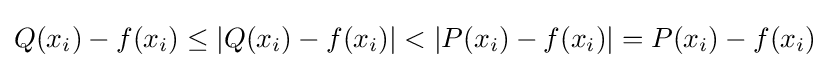
Q(x_{i})-f(x_{i})\leq |Q(x_{i})-f(x_{i})|<|P(x_{i})-f(x_{i})|=P(x_{i})-f(x_{i})